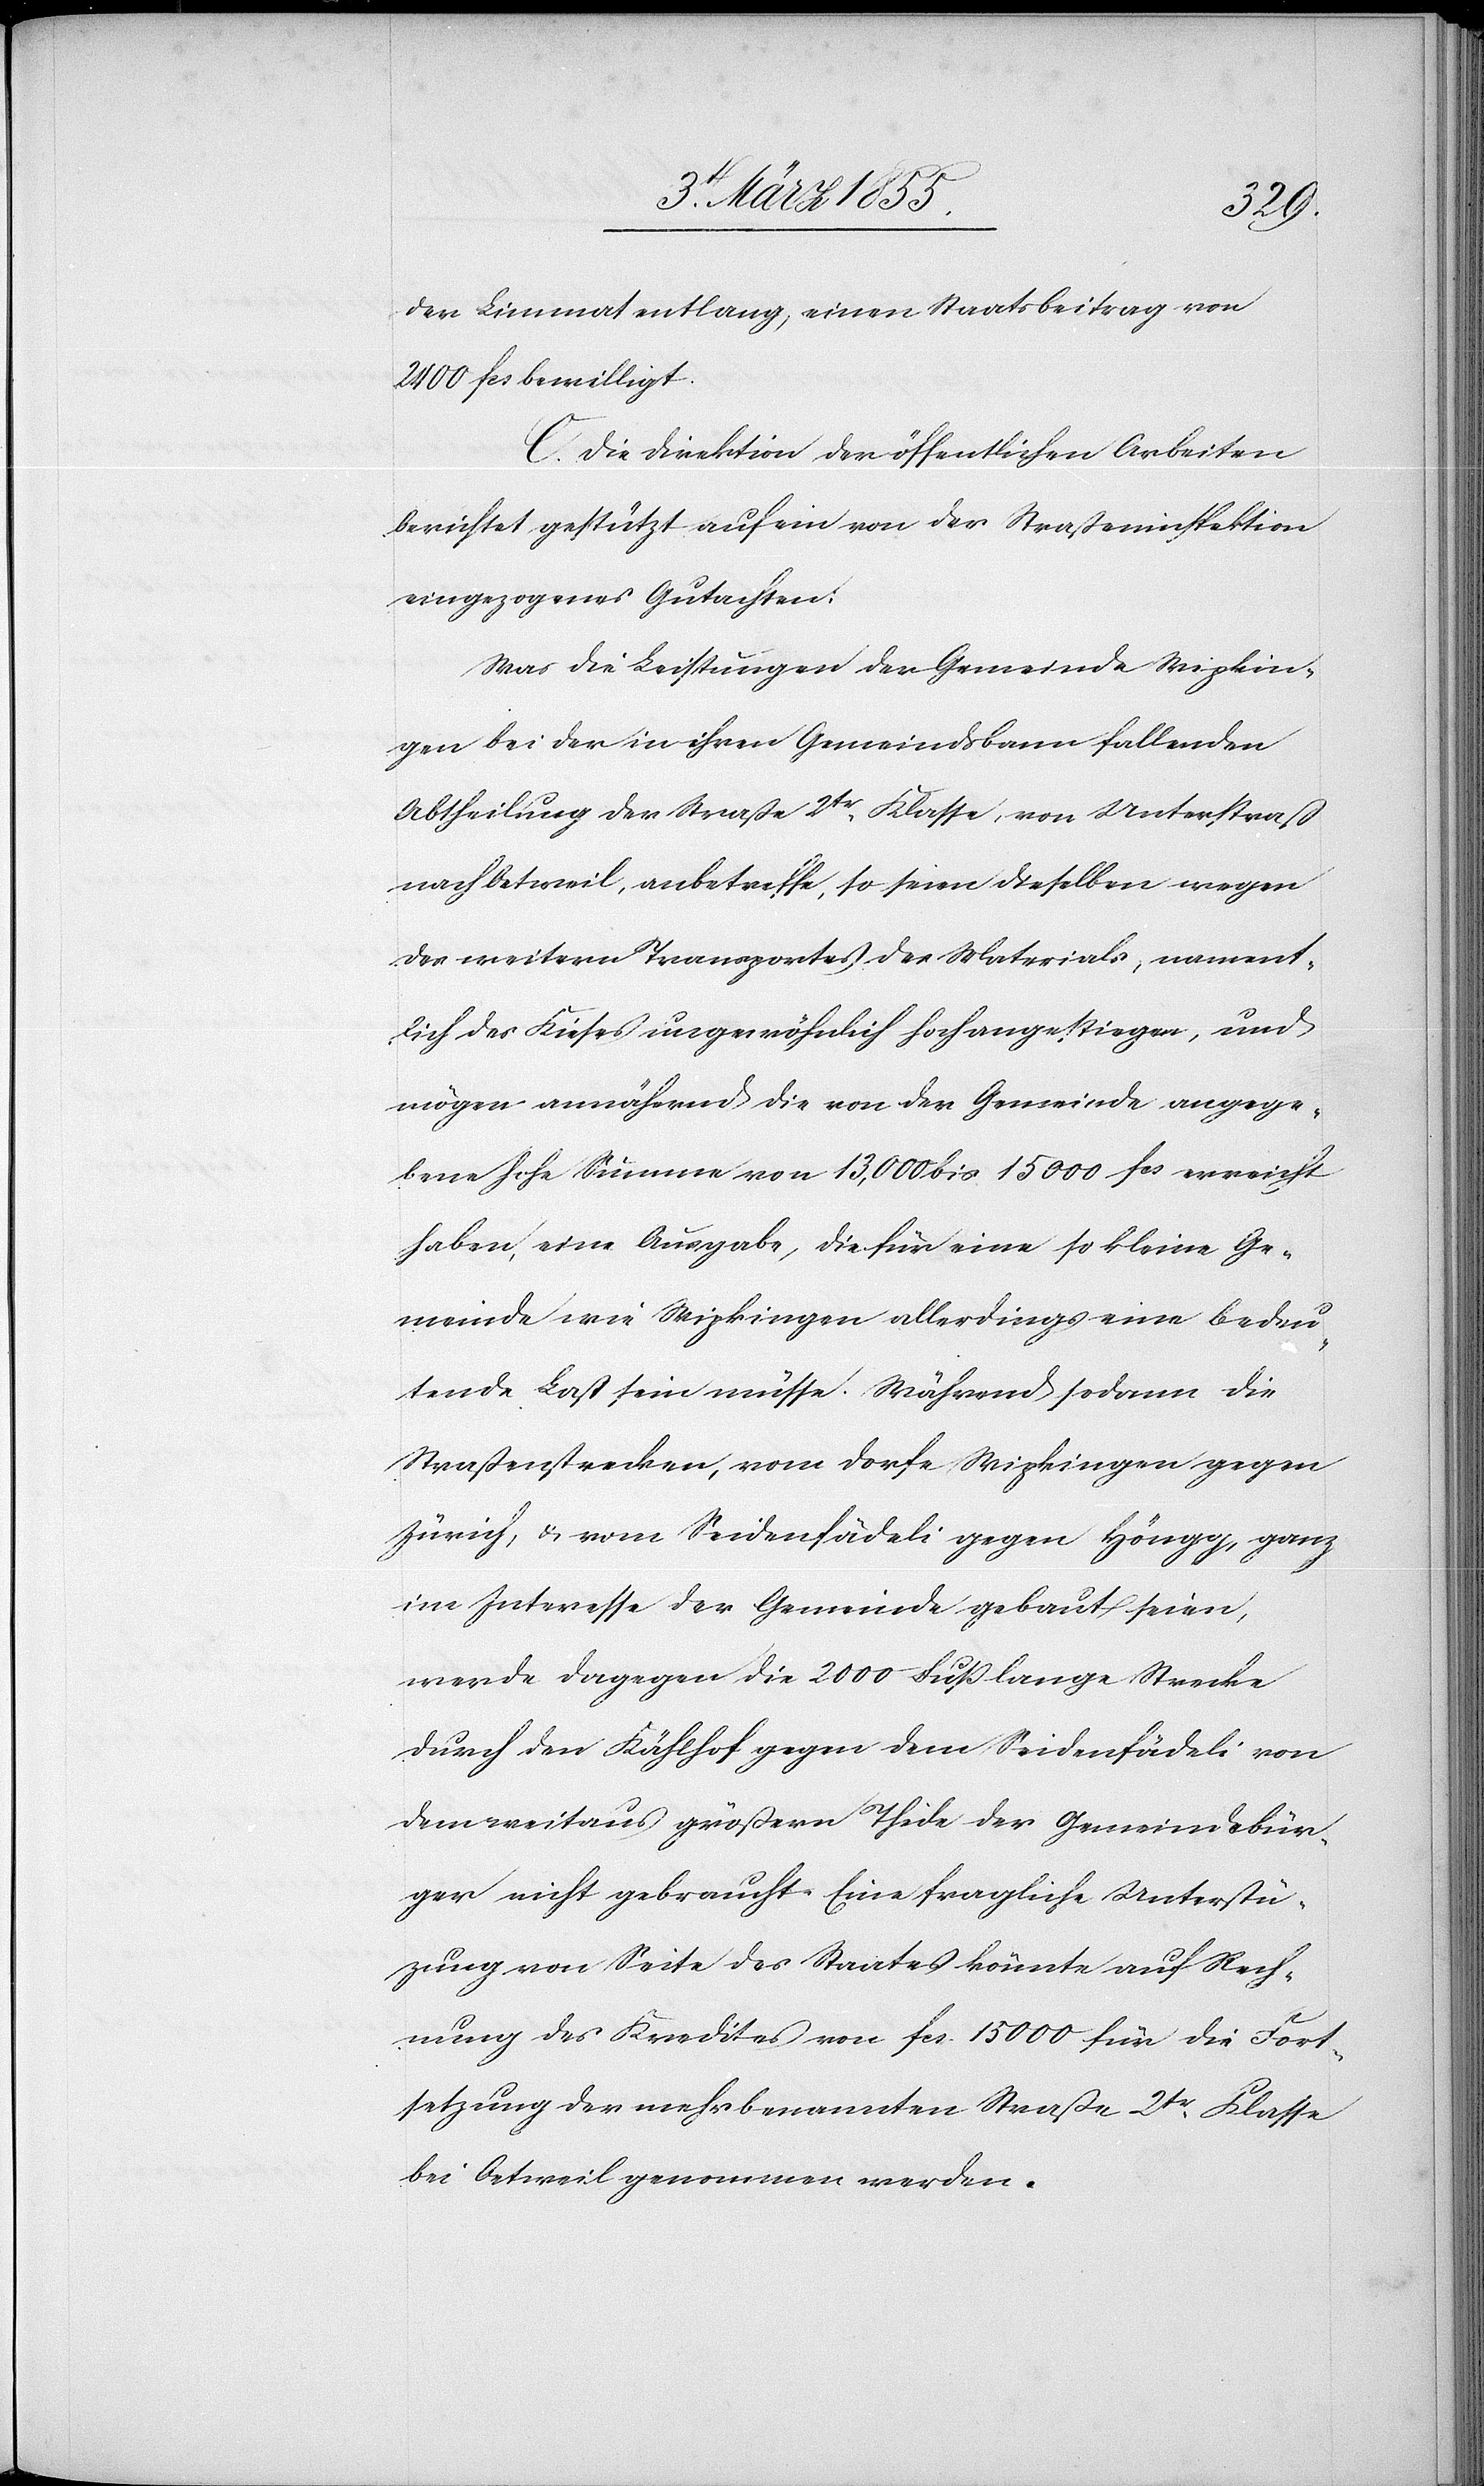
der Limmat entlang, einen Staatsbeitrag von
2400 fcs bewilligt.
C. Die Direktion der öffentlichen Arbeiten
berichtet gestützt auf ein von der Straßeninspektion
eingezogenes Gutachten:
Was die Leistungen der Gemeinde Wipkin¬
gen bei der in ihren Gemeindsbann fallenden
Abtheilung der Straße 2tr Klasse, von Unterstraß
nach Oetweil, anbetreffe, so seien dieselben wegen
des weitern Transportes des Materials, nament¬
lich des Kieses ungewöhnlich hoch angestiegen, und
mögen annähernd die von der Gemeinde angege¬
bene hohe Summe von 13,000 bis 15 000 fcs erreicht
haben, eine Ausgabe, die für eine so kleine Ge¬
meinde wie Wipkingen allerdings eine bedeu¬
tende Last sein müsse. Während sodann die
Straßenstrecken, vom Dorfe Wipkingen gegen
Zürich, & vom Seidenfädeli gegen Höngg, ganz
im Interesse der Gemeinde gebaut seien,
werde dagegen die 2000 Fuß lange Strecke
durch den Kählhof gegen dem Seidenfädeli von
dem weitaus größern Theile der Gemeindebür¬
ger nicht gebraucht. Eine fragliche Unterst¬
ü[t]zung von Seite des Staates könnte auf Rech¬
nung des Kredites von fcs. 15 000 für die Fort¬
setzung der mehrbenannten Straße 2tr Klasse
bei Oetweil genommen werden.